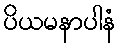
ပိယမနာပါနံ